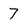
Character: 7